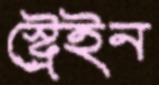
স্ট্রেইন